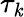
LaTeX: \tau_{\mathit{k}}